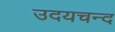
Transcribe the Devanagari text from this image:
उदयचन्द